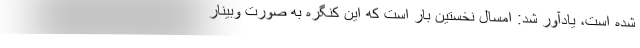
شده است، یادآور شد: امسال نخستین بار است که این کنگره به صورت وبینار